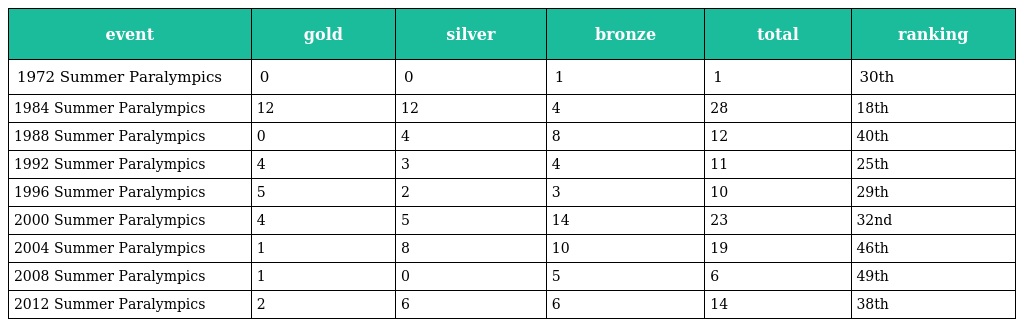
| event | gold | silver | bronze | total | ranking |
 | --- | --- | --- | --- | --- | --- |
 | 1972 Summer Paralympics | 0 | 0 | 1 | 1 | 30th |
 | 1984 Summer Paralympics | 12 | 12 | 4 | 28 | 18th |
 | 1988 Summer Paralympics | 0 | 4 | 8 | 12 | 40th |
 | 1992 Summer Paralympics | 4 | 3 | 4 | 11 | 25th |
 | 1996 Summer Paralympics | 5 | 2 | 3 | 10 | 29th |
 | 2000 Summer Paralympics | 4 | 5 | 14 | 23 | 32nd |
 | 2004 Summer Paralympics | 1 | 8 | 10 | 19 | 46th |
 | 2008 Summer Paralympics | 1 | 0 | 5 | 6 | 49th |
 | 2012 Summer Paralympics | 2 | 6 | 6 | 14 | 38th |